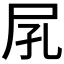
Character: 𡰼